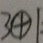
3 \textcircled { + } 1